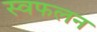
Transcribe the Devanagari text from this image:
स्वफलन